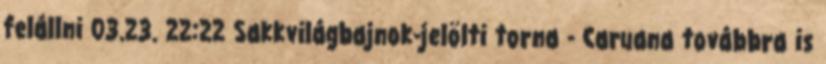
felállni 03.23. 22:22 Sakkvilágbajnok-jelölti torna - Caruana továbbra is